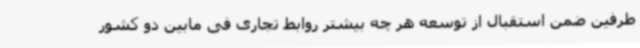
طرفین ضمن استقبال از توسعه هر چه بیشتر روابط تجاری فی مابین دو کشور